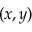
( x , y )